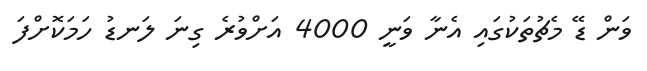
ވަން ޑޭ މެޗުތަކުގައި އެނާ ވަނީ 4000 އަށްވުރެ ގިނަ ލަނޑު ހަމަކޮށްފަ